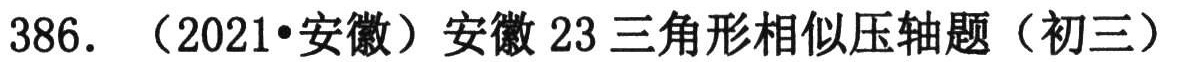
386. （2021•安徽）安徽 23 三角形相似压轴题（初三）